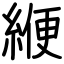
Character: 緶